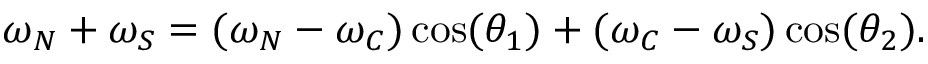
\omega _ { N } + \omega _ { S } = ( \omega _ { N } - \omega _ { C } ) \cos ( \theta _ { 1 } ) + ( \omega _ { C } - \omega _ { S } ) \cos ( \theta _ { 2 } ) .